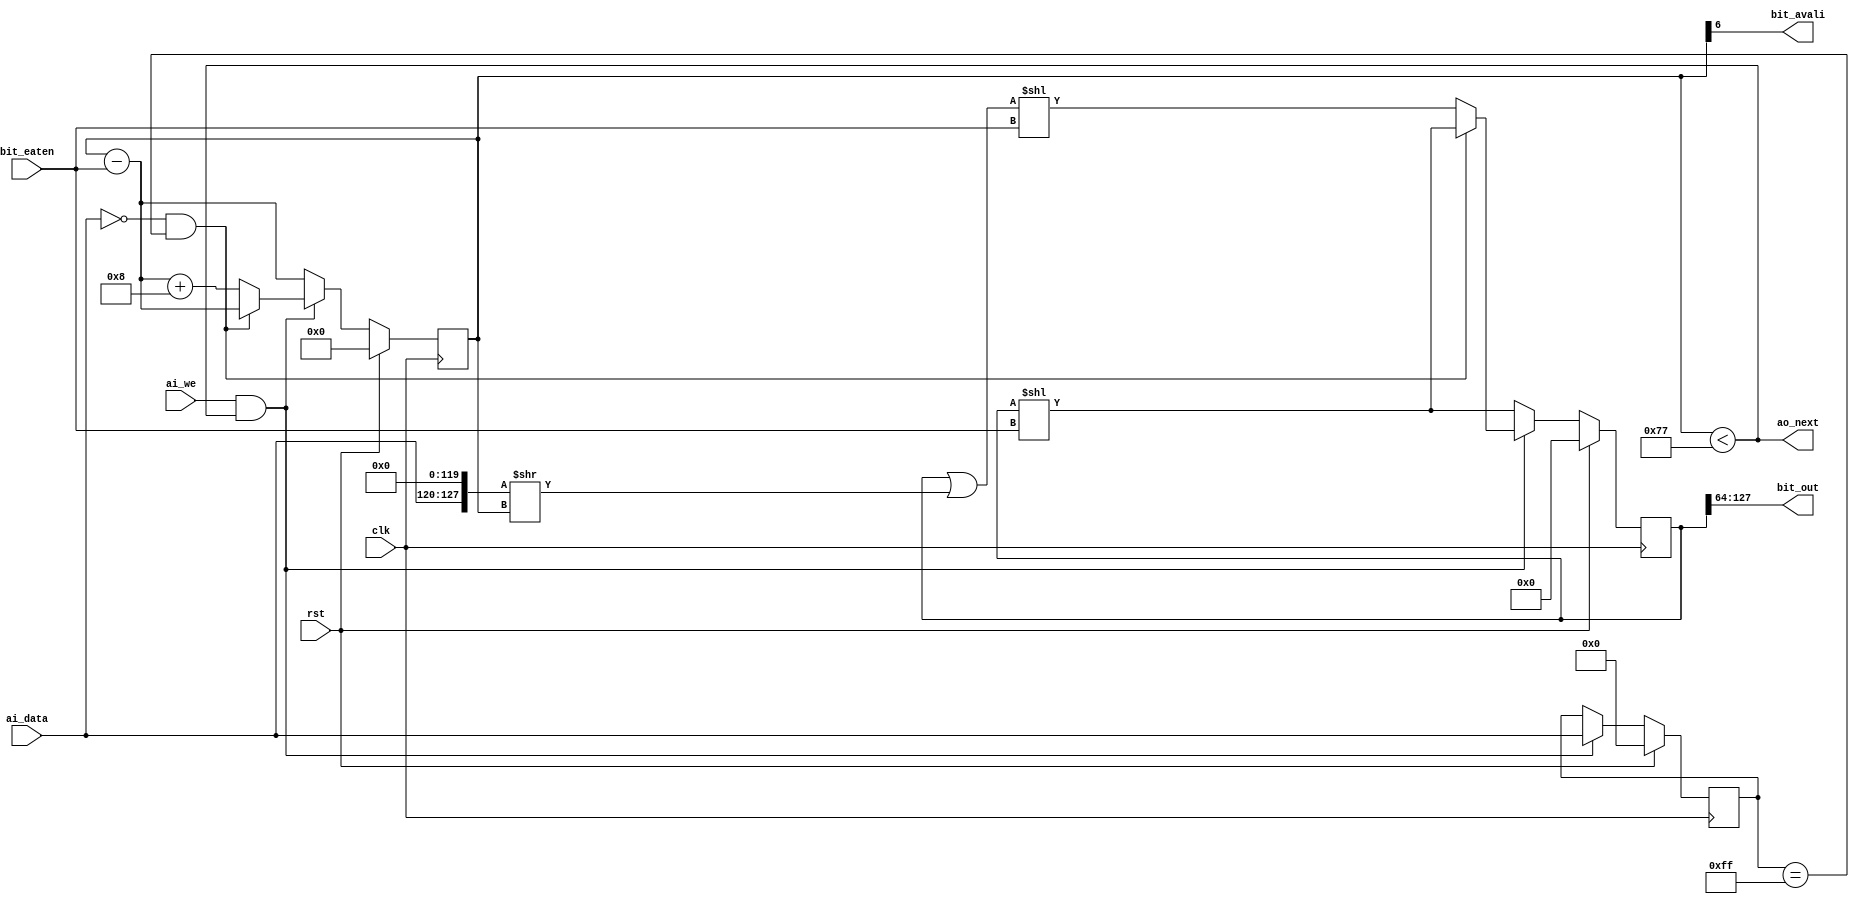
//---------------------------------------------------------------
// jpeg stream buffer 
// if stream is 0xff00, discard 00
// if stream is end, user shoule pull in datas continue 
//---------------------------------------------------------------
module jpeg_stream(
    input         ai_we,
    output        ao_next,
    input [7:0]   ai_data,

    output        bit_avali,
    output [63:0] bit_out,
    input  [6:0]  bit_eaten,         

    input clk,
    input rst
);

    reg [7:0] lastword;
    always@(posedge clk)begin
        if(rst)
            lastword <= 0;
        else if(ai_we & ao_next)  
            lastword <= ai_data;
    end
    
    wire ridzero = ai_data == 8'h00 & lastword == 8'hff;    

    reg [6:0]   point;   // count of avali bits
    reg [127:0] bit_buffer;
    always@(posedge clk) begin
        if (rst) 
            point <= 'd0;
		else if (ai_we & ao_next)begin
            if (ridzero)
                point <= point - bit_eaten;
            else
                point <= point - bit_eaten + 'd8;
        end else
			point <= point - bit_eaten;
	end 

    always@(posedge clk)begin
        if(rst)
            bit_buffer <= 'd0;
        else if (ai_we & ao_next)begin
            if (ridzero)
                bit_buffer <= bit_buffer << bit_eaten ;      
            else
                bit_buffer <= (bit_buffer | ({ai_data,120'd0} >> point)) << bit_eaten ;      
        end else 
            bit_buffer <= bit_buffer << bit_eaten ;      
    end

    assign bit_out = bit_buffer[127:64];
    assign bit_avali = point[6];  //point > 63;
    assign ao_next = point < 7'd119;

endmodule